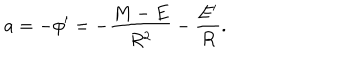
a = - \phi ^ { \prime } = - \frac { M - E } { R ^ { 2 } } - \frac { E ^ { \prime } } { R } .